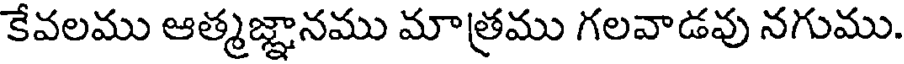
కేవలము ఆత్మజ్ఞానము మాత్రము గలవాడవు నగుము.